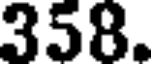
358.